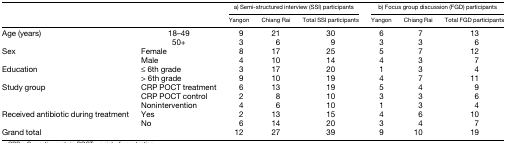
|  |  | <COLSPAN=3> a) Semi-structured interview (SSI) participants | <COLSPAN=3> b) Focus group discussion (FGD) participants |
 |  |  | Yangon | Chiang Rai | Total SSI participants | Yangon | Chiang Rai | Total FGD participants |
 | --- | --- | --- | --- | --- | --- | --- | --- |
 | <ROWSPAN=2> Age (years) | 18–49 | 9 | 21 | 30 | 6 | 7 | 13 |
 | 50+ | 3 | 6 | 9 | 3 | 3 | 6 |
 | <ROWSPAN=2> Sex | Female | 8 | 17 | 25 | 5 | 7 | 12 |
 | Male | 4 | 10 | 14 | 4 | 3 | 7 |
 | <ROWSPAN=2> Education | ≤ 6th grade | 3 | 17 | 20 | 1 | 3 | 4 |
 | > 6th grade | 9 | 10 | 19 | 4 | 7 | 11 |
 | <ROWSPAN=3> Study group | CRP POCT treatment | 6 | 13 | 19 | 5 | 4 | 9 |
 | CRP POCT control | 2 | 8 | 10 | 3 | 3 | 6 |
 | Nonintervention | 4 | 6 | 10 | 1 | 3 | 4 |
 | <ROWSPAN=2> Received antibiotic during treatment | Yes | 2 | 13 | 15 | 4 | 6 | 10 |
 | No | 6 | 14 | 20 | 3 | 4 | 7 |
 | <COLSPAN=2> Grand total | 12 | 27 | 39 | 9 | 10 | 19 |